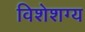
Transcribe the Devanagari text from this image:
विशेशग्य